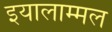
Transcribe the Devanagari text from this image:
इयालाम्मल